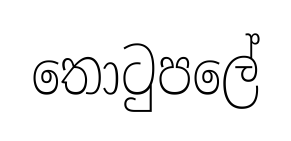
තොටුපලේ